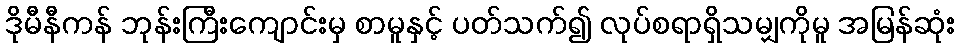
ဒိုမီနီကန် ဘုန်းကြီးကျောင်းမှ စာမူနှင့် ပတ်သက်၍ လုပ်စရာရှိသမျှကိုမူ အမြန်ဆုံး